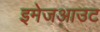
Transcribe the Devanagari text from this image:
इमेजआउट